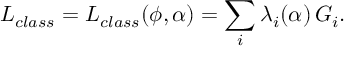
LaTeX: { \cal L } _ { c l a s s } = { \cal L } _ { c l a s s } ( \phi , \alpha ) = \sum _ { i } \lambda _ { i } ( \alpha ) \, { \cal G } _ { i } .